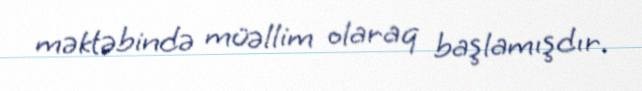
məktəbində müəllim olaraq başlamışdır.